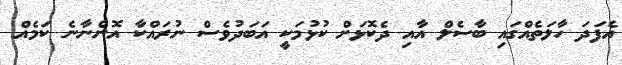
އެފަދަ ހާލަތެއްގައި ބާސެލް އާއި ދެކޮޅަށް ކުޅުމަކީ އަބަދުވެސް ނުރައްކާ އޮންނާނެ ކަމެއް